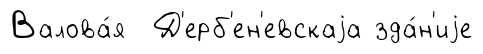
Валова́я Д'ерб'ен'евскаjа зда́н'иjе